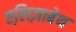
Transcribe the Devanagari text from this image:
एलि़ज़ाबेथ